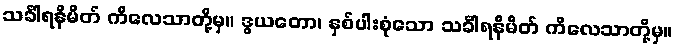
သင်္ခါရနိမိတ် ကိလေသာတို့မှ။ ဒွယတော၊ နှစ်ပါးစုံသော သင်္ခါရနိမိတ် ကိလေသာတို့မှ။